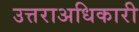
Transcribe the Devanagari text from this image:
उत्तराअधिकारी